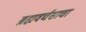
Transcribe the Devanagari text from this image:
ब्रह्मवर्चसाचा